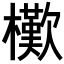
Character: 𣞔